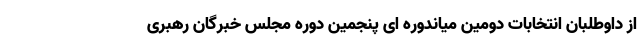
از داوطلبان انتخابات دومین میاندوره ای پنجمین دوره مجلس خبرگان رهبری